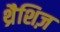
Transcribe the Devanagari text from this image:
थ्रैशिज़